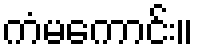
ကံမကောင်း။